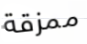
ممزقة